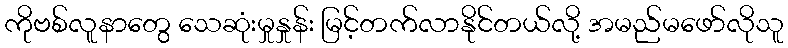
ကိုဗစ်လူနာတွေ သေဆုံးမှုနှုန်း မြင့်တက်လာနိုင်တယ်လို့ အမည်မဖော်လိုသူ